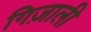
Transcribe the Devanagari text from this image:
गिज़ाली